system: You are a helpful assistant.
user:
Analyze the provided spectrum to determine if it is a **White Dwarf (WD)**.

A White Dwarf spectrum is defined by its **extreme purity** (due to gravitational settling) and/or **extreme pressure broadening** (due to high surface gravity). You must check for one of the following mutually exclusive signatures:

- **Key Visual Indicators (Check for ONE of these types):**

    - **1. DA-Type Signature (Most Common):**
        - **(Primary Feature):** Extreme pressure broadening (Stark broadening) of the **Hydrogen (H) Balmer lines**.
        - **(Key Lines):** $H\beta$ (approx. $4861$ Å) and $H\gamma$ (approx. $4340$ Å). $H\alpha$ (approx. $6563$ Å) will also be present if the wavelength range covers it.
        - **(Line Profile):** This is the **defining feature**. The lines are **NOT** sharp. They appear as massive, **extremely broad and deep "troughs" or "dips"** in the spectrum, often hundreds of Ångströms wide. The continuum will appear to "scoop" down at these wavelengths.
        - **(Distinction):** Normal A-type or B-type stars have *narrow* and *sharp* Hydrogen lines. A DA White Dwarf's lines are unmistakably "smeared" or "blurry" from pressure.

    - **2. DB-Type Signature:**
        - **(Primary Feature):** Broad absorption lines from **Neutral Helium (He I)**. The spectrum must lack any visible Hydrogen lines.
        - **(Key Lines):** Look for broad absorption near $4471$ Å, $4921$ Å, and $5876$ Å.
        - **(Line Profile):** These lines are also significantly pressure-broadened, appearing much wider than they would in a normal B-type main-sequence star.

    - **3. DC-Type Signature:**
        - **(Primary Feature):** A **featureless continuous spectrum**.
        - **(Line Profile):** The spectrum is a smooth curve with **no significant absorption or emission lines**.
        - **(Key Confirmation):** The continuum is almost always **blue or white**, indicating a hot object. This signature implies the atmosphere is so pure (or so cool) that no spectral lines are visible in the optical range. Its WD identity is confirmed by its extremely low intrinsic brightness (high absolute magnitude).

    - **4. DZ-Type Signature (Metal-Polluted):**
        - **(Primary Feature):** **Isolated, narrow metal absorption lines** on an otherwise featureless (DC-like) continuum.
        - **(Key Lines):** The **Calcium (Ca II) H & K doublet** (approx. **$3934$ Å** and **$3968$ Å**) is the most common and defining feature.
        - **(Line Profile):** These lines are "out of place." They are *not* part of a "forest" of thousands of lines. This signature is evidence of recent *accretion* (pollution) from rocky debris.
        - **(Distinction):** Normal G/K/M stars have a *dense forest* of thousands of metal lines. A DZ has a *clean* continuum with *only a few* strong metal lines.

    - **5. DQ-Type Signature (Carbon-Polluted):**
        - **(Primary Feature):** Absorption bands from **Carbon (C₂ "Swan Bands" or atomic C I)**.
        - **(Key Lines - C₂):** Look for bandheads with a "saw-tooth" shape near $5635$ Å, **$5165$ Å** (strongest), and $4737$ Å.
        - **(Key Confirmation):** The underlying **continuum must be blue or white** (hot).
        - **(Distinction):** This is the critical difference from a **Carbon Star**, which has the *exact same* C₂ bands but on an extremely **red, cool** continuum.

- **(Overall Spectrum):**
    - The continuum (overall shape) is typically **blue-sloping** (brighter in the blue than the red), as most white dwarfs are very hot.
    - The spectrum will look "pure" or "simple," dominated by only *one* of the five signatures listed above.

Think first, call **spectral_visualization_tool** if needed to examine features in detail, then provide your final answer. Your response must adhere to the following strict rules:
1.  **Overall Structure:** Your response must follow the format `<think>...</think> <tool_call>...</tool_call> (if a tool is used) <answer>...</answer>`.
2.  **Tool Usage Constraint:** You may only make **one** tool call per turn.
3.  **Final Answer Format:** In the `<answer>` tag, your conclusion must be inside a `\boxed{}` command (e.g., `\boxed{YES}` or `\boxed{NO}`), followed by your justification.

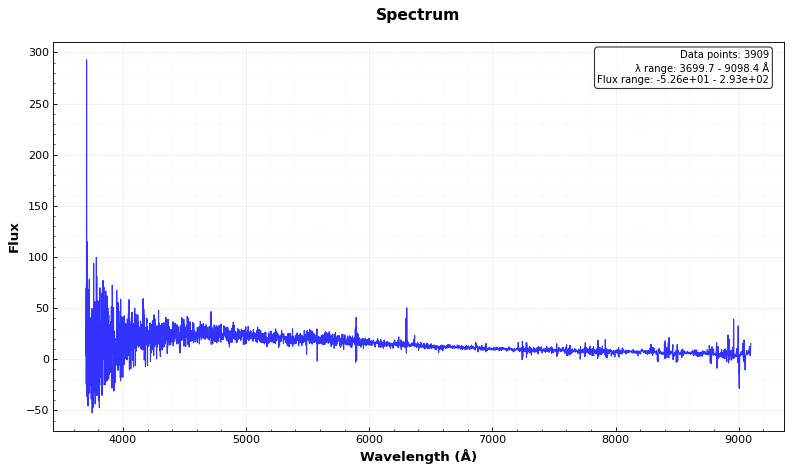
Answer: NO